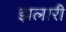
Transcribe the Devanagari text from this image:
झलारी